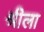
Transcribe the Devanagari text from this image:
श्रीला